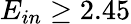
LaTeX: E_{in}\ge 2.45